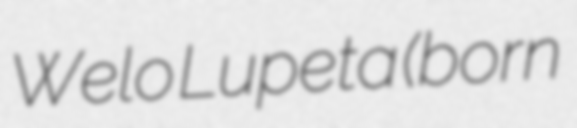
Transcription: Welo Lupeta (born